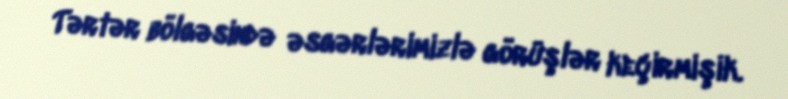
Tərtər bölgəsində əsgərlərimizlə görüşlər keçirmişik.